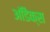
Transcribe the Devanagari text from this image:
आॅडैक्स